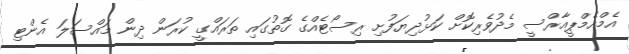
އެމްއެމްޕީއާރްސީ މެދުވެރިކޮށް ކަޅުދިޔަފުށި ރިސޯޓެއްގެ ގޮތުގައި ތަރައްގީ ކުރަން ދިން މައްސަލަ އެންޓި